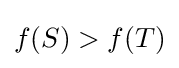
f(S)>f(T)